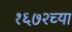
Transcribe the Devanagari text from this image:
१६७२च्या